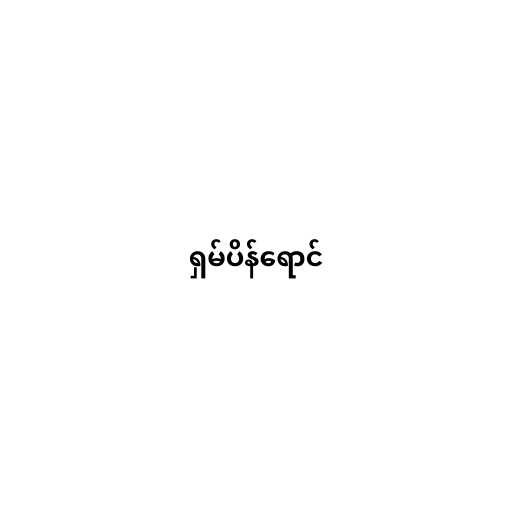
ရှမ်ပိန်ရောင်